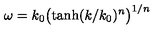
\omega = k _ { 0 } \bigl ( \tanh ( k / k _ { 0 } ) ^ { n } \bigr ) ^ { 1 / n }